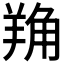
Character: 𦎈